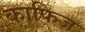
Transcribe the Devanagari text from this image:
काफिज